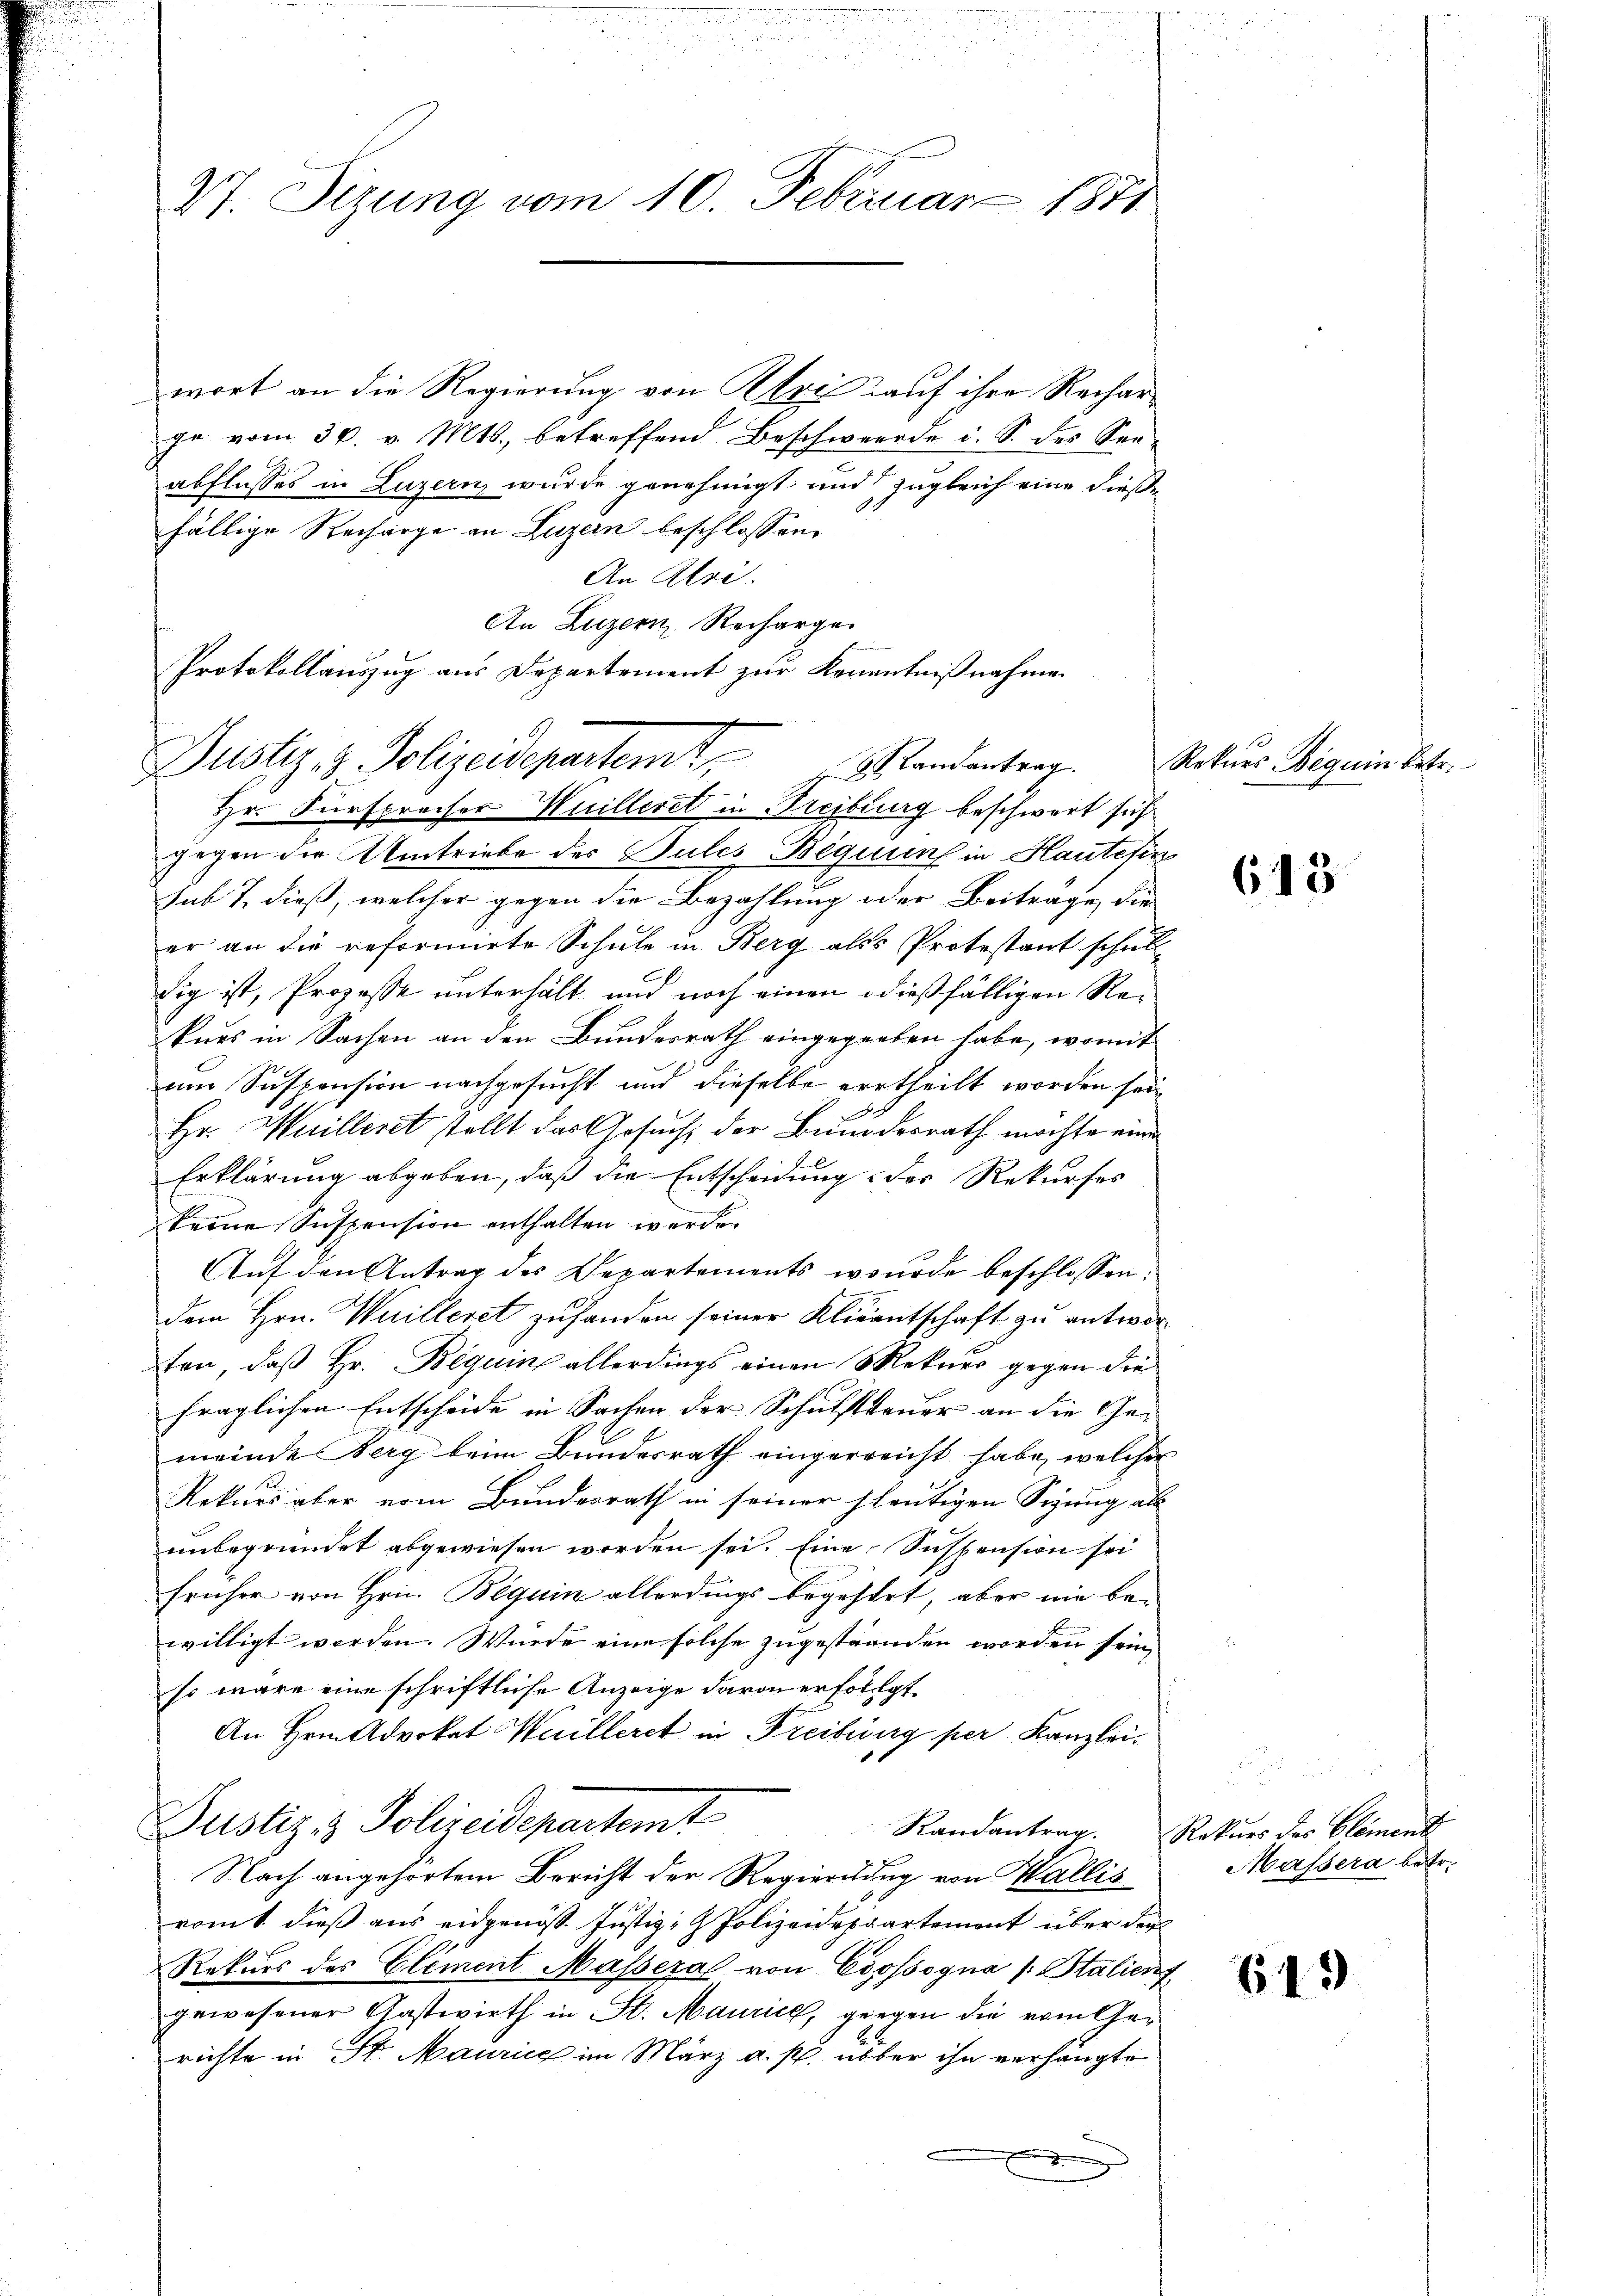
27. Sizung vom 10. Februar 1871

wort an die Regierung von Alte auf ihre Recharge vom 30. v. Mts., betreffend Beschwerde u. S. des Seeabflusses in Luzern, wurde genehmigt und zugleich eine dieße
fällige Recharge an Luzern beschlossene
An Ulri
An Luzern Recharge
Protokollauszug aus Departement zur Kenntnißnahme

gegen die Umtriebe des Gutes Bequunf in Hautetin
sub 7. dieß, welcher gegen die Bezahlung oder Beitrage, die
er an die reformirte Schule in Berg als Protestant schul
dig ist, Prozesse unterhält und noch einen dießfälligen Rekurs in Sachen an den Bundesrath eingegeben habe, womit
um Suspension nachgesucht und dieselbe ertheilt worden sei,
Hr. Huilleret stellt das Gesuch der Bundesrath möchte eine
Erklärung abgeben, daß die Entscheidung der Rekurses
keine Suspension enthalten werde.
Auf den Antrag des Departements wurde beschlossen:
dem Hrn. Weilleret zufanden seiner Klieentschaft zu antworten, daß Hr. Beguin allerdings einen Mekner gegen die
fraglichen Entscheide in Sachen der Schulstreuer an die Gemeinde Serg beim Bundesrath eingerreicht habe, welcher
Rekurs aber vom Bundesrath in seiner heutigen Sizung als
unbegründet abgewiesen worden sei. Eine Suspension sei
früher von Hrn. Beguin allerdings begehtet, aber nie bewilligt werden. Wurde eine solche zugestranden worden sein,
so wäre eine schriftliche Anzeige davon erfolgt
An Hrn. Advokat Wuilleret in Freiburg per Kanzlei.
Justiz- & Polizeidepartemt
Nach angehörtem Bericht der Regierung von Wallis
romt dieß aus eidgenöss. Justiz- & Polizeidepaartement über der
Rekurs des Element Massera von Coossogna (: Stalienf
gewesener Gastwirth in St. Maurich, gingen die vom Gerichte in St. Maurice im März a. p. über ihn verhängte
.

Justiz- & Polizeidepartemt, andentrag
Hr. Fürsprecher Huilleret in Freiburg beschwert sich

n

Rekurs Beguin Betr.

Randantrag. Rekurs des Elemend

615

Massera betr.

649